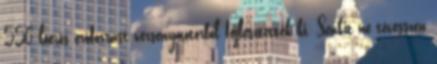
550 lóerős erőforrást versenymotorból fejlesztették ki. Senkit ne tévesszen